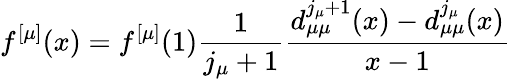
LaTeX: f^{[\mu]}(x)=f^{[\mu]}(1)\frac{1}{j_{\mu}+1}\frac{d_{\mu\mu}^{j_{\mu}+1}(x)-d_{\mu\mu}^{j_{\mu}}(x)}{x-1}